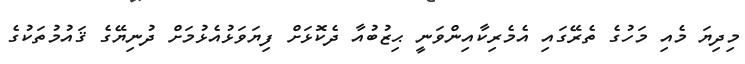
މިދިޔަ މެއި މަހުގެ ތެރޭގައި އެމެރިކާއިންވަނީ ޙިޒުބުއާ ދެކޮޅަށް ފިޔަވަޅުއެޅުމަށް ދުނިޔޭގެ ޤައުމުތަކުގެ